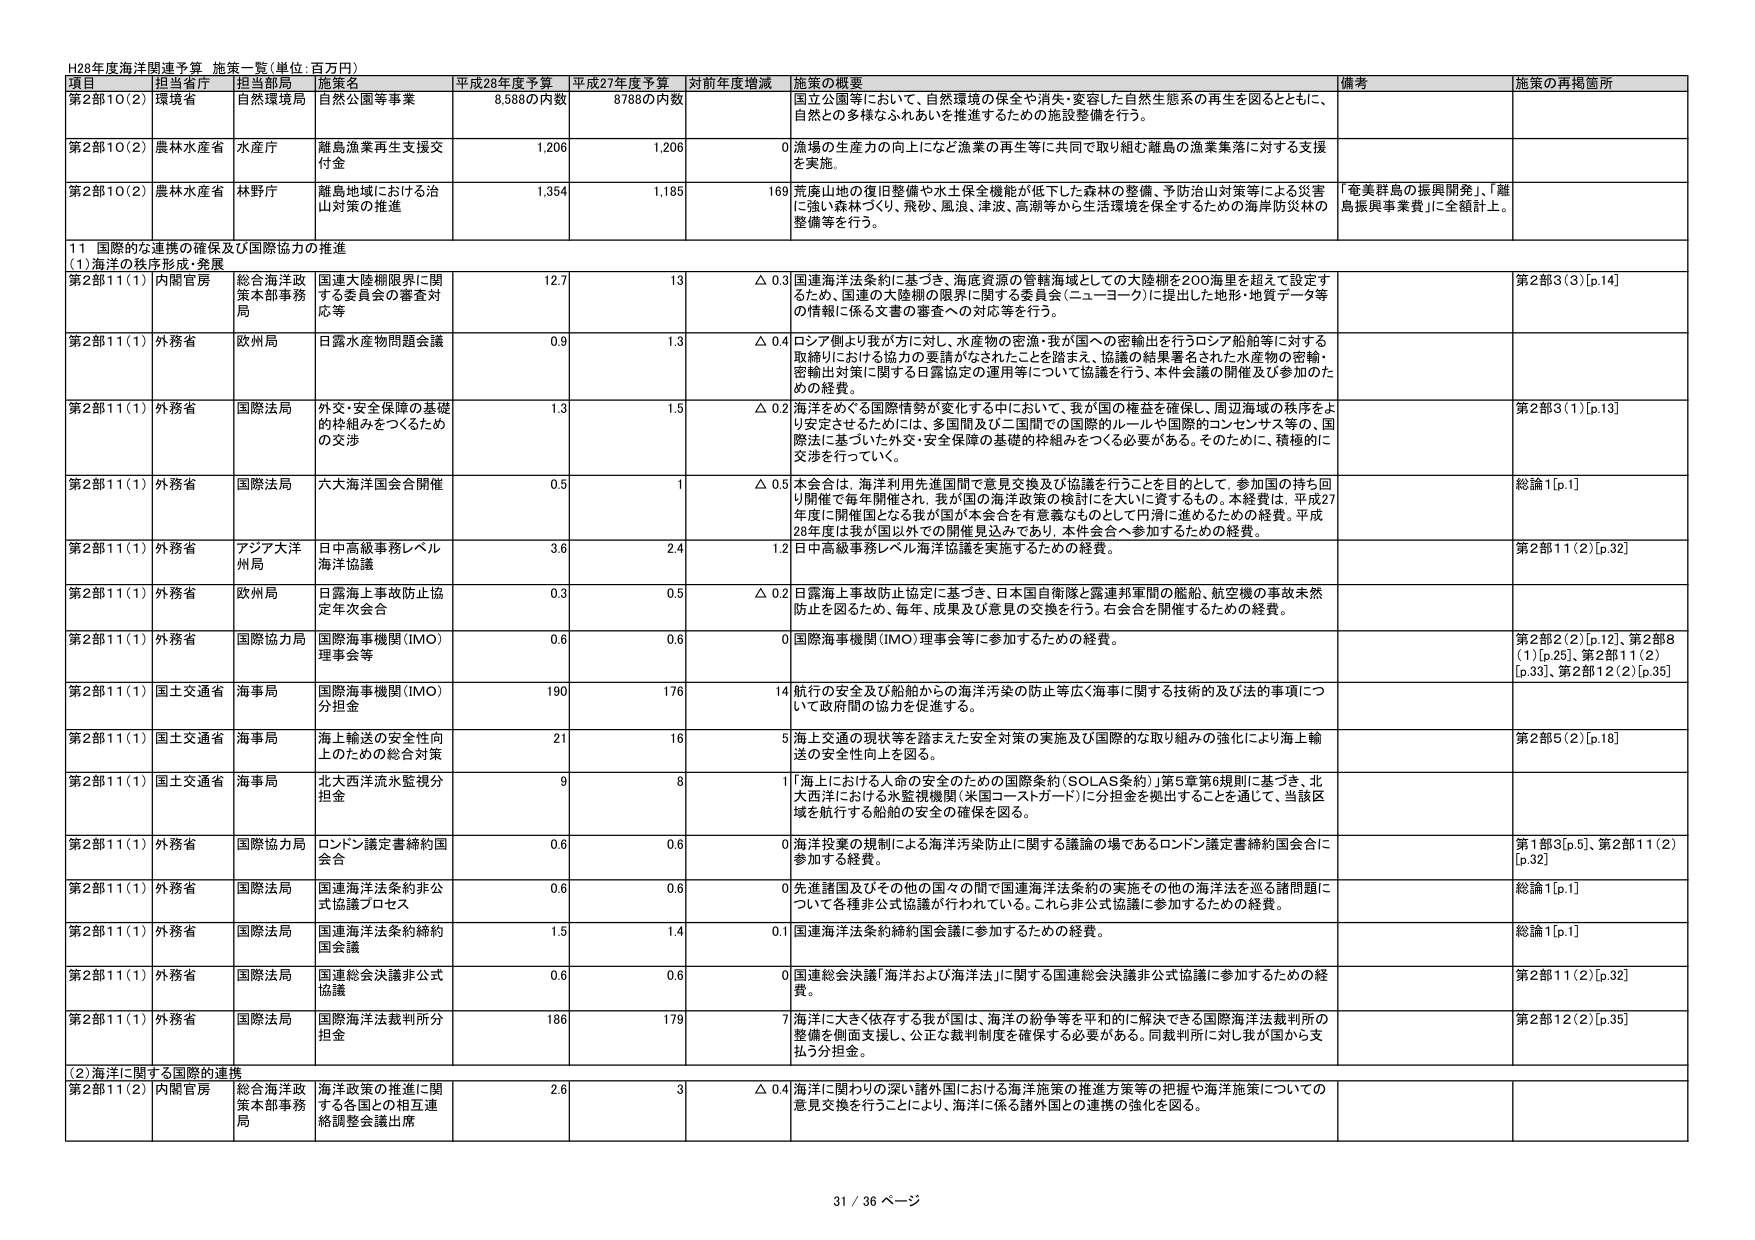
H28年度海洋関連予算 施策一覧(単位:百万円)

項目 担当省庁 担当局 施策名 平成28年度予算 平成27年度予算 対前年度増減 施策の概要 備考 施策の再掲箇所

第2部10(2) 環境省 自然環境局 自然公園等事業 8,588の内数 8,788の内数 国立公園等において、自然環境の保全や消失・変容した自然生態系の再生を図るとともに、自然との多様なふれあいを推進するための施設整備を行う。

第2部10(2) 農林水産省 水産庁 離島漁業再生支援交付金 1,206 1,206 0 漁場の生産力の向上など漁業の再生等に共同で取り組む離島の漁業集落に対する支援を実施。

第2部10(2) 農林水産省 林野庁 離島地域における治山対策の推進 1,354 1,185 169 荒廃山地の復旧整備や水土保全機能が低下した森林の整備、予防治山対策等による災害に強い森林づくり、飛砂、風浪、津波、高潮等から生活環境を保全するための海岸防災林の整備等を行う。 「奄美群島の振興開発」、「離島振興事業費」に全額計上。

11 国際的な連携の確保及び国際協力の推進

(1)海洋の秩序形成・発展

第2部11(1) 内閣官房 総合海洋政策本部事務局 国連大陸棚限界に関する委員会の審査対応等 12.7 13 △ 0.3 国連海洋法条約に基づき、海底資源の管轄海域としての大陸棚を200海里を超えて設定するため、国連の大陸棚の限界に関する委員会（ニューヨーク）に提出した地形・地質データ等の情報に係る文書の審査への対応等を行う。 第2部3(3)[p.14]

第2部11(1) 外務省 欧州局 日露水産物問題会議 0.9 1.3 △ 0.4 ロシア側より我が方に対し、水産物の密漁・我が国への密輸出を行うロシア船舶等に対する取締りにおける協力の要請がなされたことを踏まえ、協議の結果署名された水産物の密輸・密輸出対策に関する日露協定の運用等について協議を行う。本件会議の開催及び参加のための経費。

第2部11(1) 外務省 国際法局 外交・安全保障の基礎的枠組みをつくるための交渉 1.3 1.5 △ 0.2 海洋をめぐる国際情勢が変化する中において、我が国の権益を確保し、周辺海域の秩序をより安定させるためには、多国間及び二国間での国際的ルールや国際的コンセンサス等の、国際法に基づいた外交・安全保障の基礎的枠組みをつくる必要がある。そのために、積極的に交渉を行っていく。 第2部3(1)[p.13]

第2部11(1) 外務省 国際法局 六大海洋国会合開催 0.5 1 △ 0.5 本会合は、海洋利用先進国間で意見交換及び協議を行うことを目的として、参加国の持ち回り開催で毎年開催され、我が国の海洋政策の検討にを大いに資するもの。本経費は、平成27年度に開催国となる我が国が本会合を有意義なものとして円滑に進めるための経費。平成28年度は我が国以外での開催見込みであり、本件会合へ参加するための経費。 総論1[p.1]

第2部11(1) 外務省 アジア大洋州局 日中高級事務レベル海洋協議 3.6 2.4 1.2 日中高級事務レベル海洋協議を実施するための経費。 第2部11(2)[p.32]

第2部11(1) 外務省 欧州局 日露海上事故防止協定年次会合 0.3 0.5 △ 0.2 日露海上事故防止協定に基づき、日本国自衛隊と露連邦軍間の艦船、航空機の事故未然防止を図るため、毎年、成果及び意見の交換を行う。右会合を開催するための経費。

第2部11(1) 外務省 国際協力局 国際海事機関(IMO)理事会等 0.6 0.6 0 国際海事機関(IMO)理事会等に参加するための経費。 第2部2(2)[p.12]、第2部8(1)[p.25]、第2部11(2)[p.33]、第2部12(2)[p.35]

第2部11(1) 国土交通省 海事局 国際海事機関(IMO)分担金 190 176 14 航行の安全及び船舶からの海洋汚染の防止等広く海事に関する技術的及び法的事項について政府間の協力を促進する。

第2部11(1) 国土交通省 海事局 海上輸送の安全性向上のための総合対策 21 16 5 海上交通の現状等を踏まえた安全対策の実施及び国際的な取り組みの強化により海上輸送の安全性向上を図る。 第2部5(2)[p.18]

第2部11(1) 国土交通省 海事局 北大西洋洋水監視分担金 9 8 1 「海上における人命の安全のための国際条約(SOLAS条約)」第5章第6規則に基づき、北大西洋における水監視機関(米国コートガード)に分担金を拠出することを通して、当該区域を航行する船舶の安全の確保を図る。

第2部11(1) 外務省 国際協力局 ロンドン議定書締約国会合 0.6 0.6 0 海洋投棄の規制による海洋汚染防止に関する議論の場であるロンドン議定書締約国会合に参加する経費。 第1部3[p.5]、第2部11(2)[p.32]

第2部11(1) 外務省 国際法局 国連海洋法条約非公式協議プロセス 0.6 0.6 0 先進諸国及びその他の国々の間で国連海洋法条約の実施その他の海洋法を巡る諸問題について各種非公式協議が行われている。これら非公式協議に参加するための経費。 総論1[p.1]

第2部11(1) 外務省 国際法局 国連海洋法条約締約国会議 1.5 1.4 0.1 国連海洋法条約締約国会議に参加するための経費。 総論1[p.1]

第2部11(1) 外務省 国際法局 国連総会決議非公式協議 0.6 0.6 0 国連総会決議「海洋および海洋法」に関する国連総会決議非公式協議に参加するための経費。 第2部11(2)[p.32]

第2部11(1) 外務省 国際法局 国連海洋法裁判所分担金 186 179 7 海洋に大きく依存する我が国は、海洋の紛争等を平和的に解決できる国際海洋法裁判所の整備を側面支援し、公正な裁判制度を確保する必要がある。同裁判所に対し我が国から支払う分担金。 第2部12(2)[p.35]

(2)海洋に関する国際的連携

第2部11(2) 内閣官房 総合海洋政策本部事務局 海洋政策の推進に関する各国との相互連絡調整会議出席 2.6 3 △ 0.4 海洋に関わりの深い諸外国における海洋施策の推進方策等の把握や海洋施策についての意見交換を行うことにより、海洋に係る諸外国との連携の強化を図る。

31 / 36 ページ